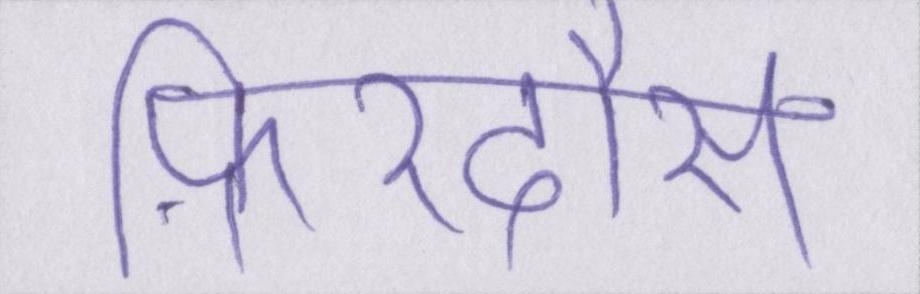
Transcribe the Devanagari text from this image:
फ़िरदौस